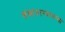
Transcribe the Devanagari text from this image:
संघांदरम्यानच्या